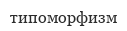
типоморфизм